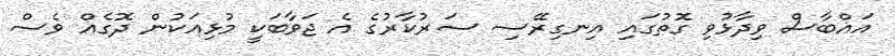
އައްބާސް ވިދާޅުވި ގޮތުގައި އިނގިރޭސި ސަރުކާރުގެ އެ ޖަވާބަކީ މުޅިއަކުން ދޮގެއް ވެސް